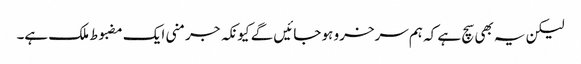
لیکن یہ بھی سچ ہے کہ ہم سرخرو ہو جائیں گے کیونکہ جرمنی ایک مضبوط ملک ہے۔